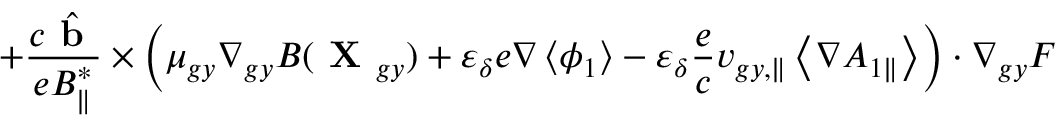
+ \frac { c \hat { \textbf { b } } } { e { B } _ { \parallel } ^ { * } } \times \left( \mu _ { g y } \nabla _ { g y } B ( \textbf { X } _ { g y } ) + \varepsilon _ { \delta } e \nabla \left\langle \phi _ { 1 } \right\rangle - \varepsilon _ { \delta } \frac { e } { c } v _ { g y , \parallel } \left\langle \nabla { A } _ { 1 \parallel } \right\rangle \right) \boldsymbol { \cdot } \nabla _ { g y } F \,